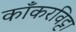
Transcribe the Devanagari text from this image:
काँकरविट्टा